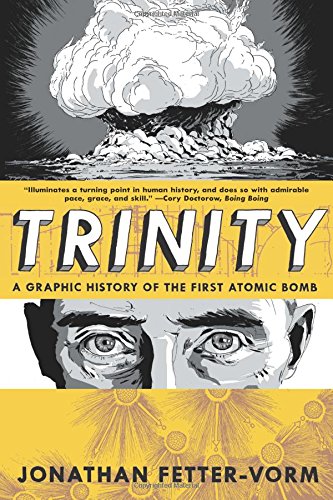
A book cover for Trinity: A Graphic History of the First Atomic Bomb; Jonathan Fetter-Vorm; Comics & Graphic Novels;